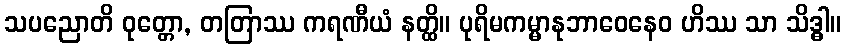
သပညောတိ ဝုတ္တော, တတြာဿ ကရဏီယံ နတ္ထိ။ ပုရိမကမ္မာနုဘာဝေနေဝ ဟိဿ သာ သိဒ္ဓါ။